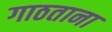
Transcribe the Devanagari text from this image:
गाठताना